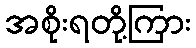
အစိုးရတို့ကြား